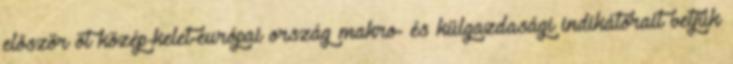
először öt közép-kelet-európai ország makro- és külgazdasági indikátorait vetjük